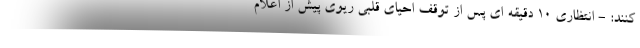
کنند: - انتظاری 10 دقیقه ای پس از توقف احیای قلبی ریوی پیش از اعلام